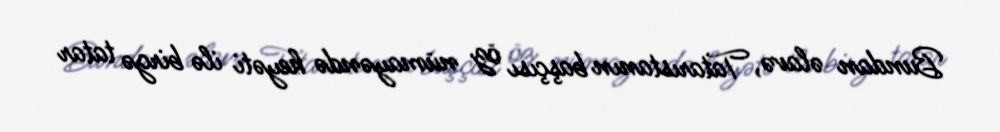
Bundan əlavə, Tatarıstanın başçısı öz nümayəndə heyəti ilə birgə tatar